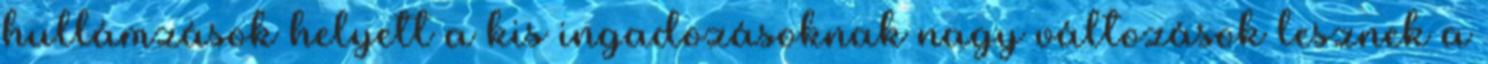
hullámzások helyett a kis ingadozásoknak nagy változások lesznek a